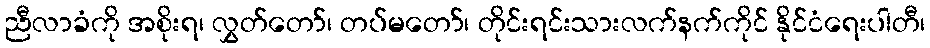
ညီလာခံကို အစိုးရ၊ လွှတ်တော်၊ တပ်မတော်၊ တိုင်းရင်းသားလက်နက်ကိုင် နိုင်ငံရေးပါတီ၊